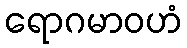
ရောဂမာဝဟံ